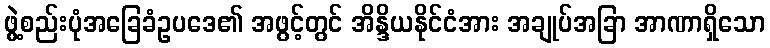
ဖွဲ့စည်းပုံအခြေခံဥပဒေ၏ အဖွင့်တွင် အိန္ဒိယနိုင်ငံအား အချုပ်အခြာ အာဏာရှိသော